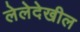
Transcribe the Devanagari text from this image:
लेलेदेखील